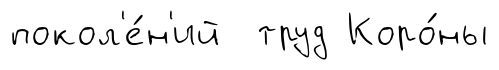
покол'е́н'ий труд Коро́ны